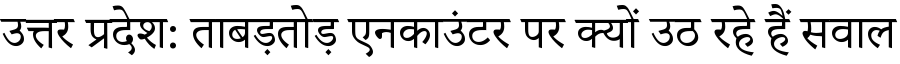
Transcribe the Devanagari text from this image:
उत्तर प्रदेश: ताबड़तोड़ एनकाउंटर पर क्यों उठ रहे हैं सवाल